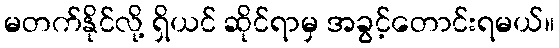
မတက်နိုင်လို့ ရှိယင် ဆိုင်ရာမှ အခွင့်တောင်းရမယ်။